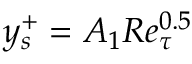
y _ { s } ^ { + } = A _ { 1 } R e _ { \tau } ^ { 0 . 5 }